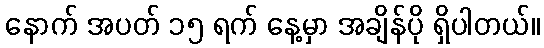
နောက် အပတ် ၁၅ ရက် နေ့မှာ အချိန်ပို ရှိပါတယ်။